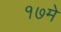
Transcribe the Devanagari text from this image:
१७मे